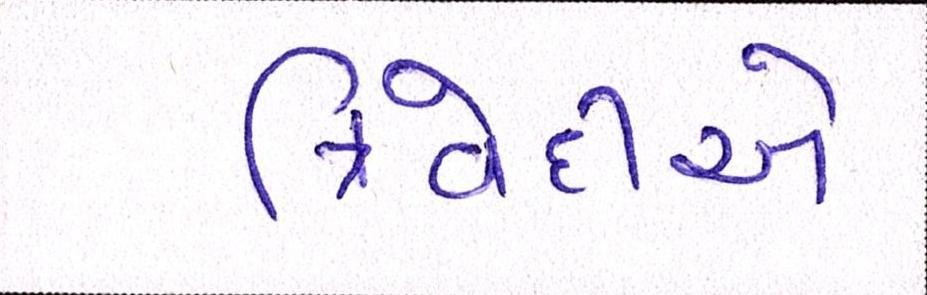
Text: ત્રિવેદીએ